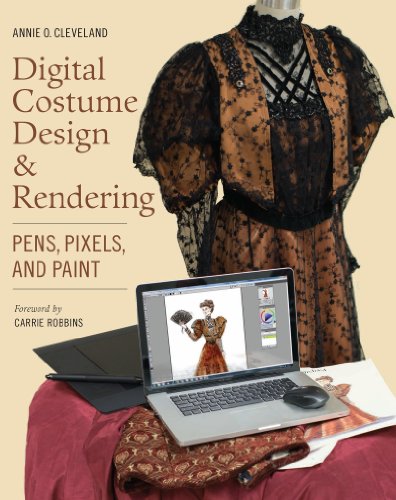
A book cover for Digital Costume Design & Rendering: Pens, Pixels, and Paint; Annie O. Cleveland; Computers & Technology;